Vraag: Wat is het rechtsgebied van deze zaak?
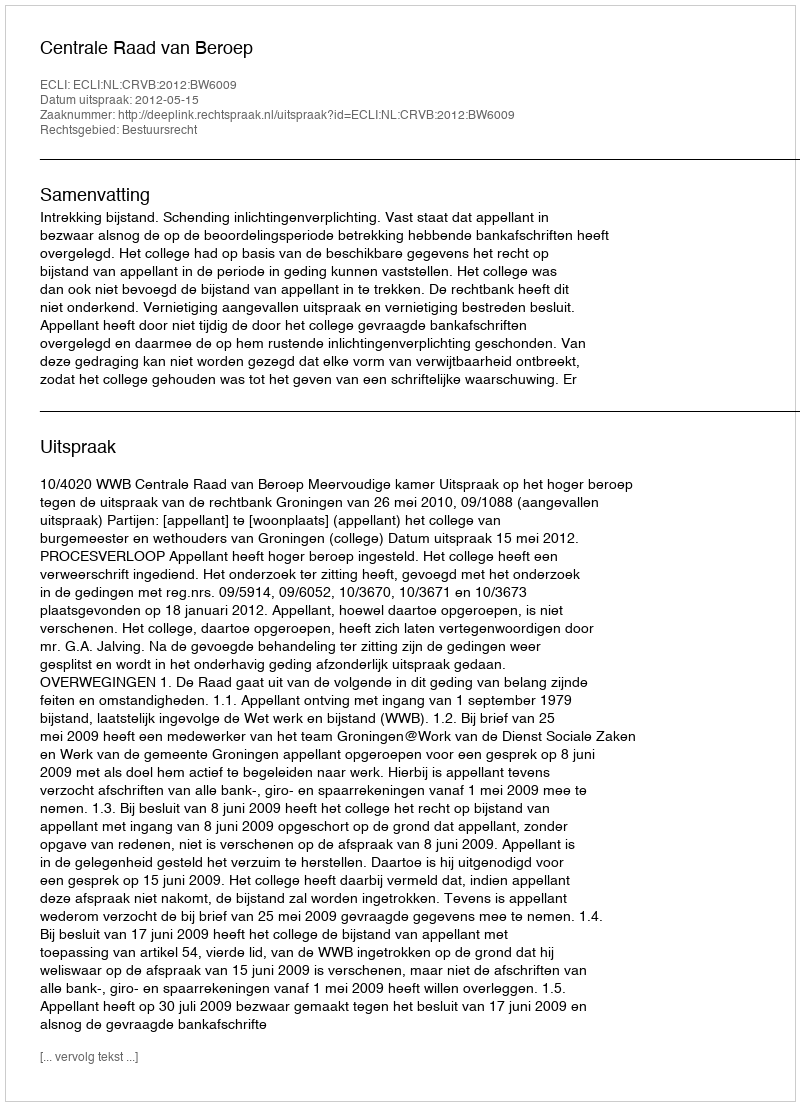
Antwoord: Bestuursrecht